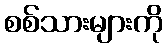
စစ်သားများကို